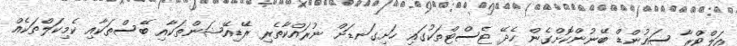
އަލްޓްރާ ސައުންޑް ބޭނުންކޮށްގެން ހެދޭ ޓެސްޓްތަކުގައި ހަށިގަނޑަށް ނުރައްކާތެރި ރޭޑިއޭޝަންތަކާއި ބޭސްތަކާއި ކެމިކަލްތަކެއް